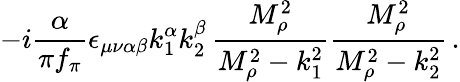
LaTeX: -i\frac{\alpha}{\pi f_{\pi}}\epsilon_{\mu\nu\alpha\beta}k_{1}^{\alpha}k_{2}^{\beta}\, \frac{M_{\rho}^{2}}{M_{\rho}^{2}-k_{1}^{2}}\frac{M_{\rho}^{2}}{M_{\rho}^{2}-k_{2}^{2}}\, .